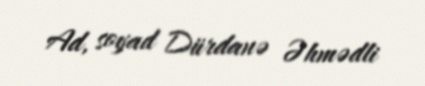
Ad, soyad Dürdanə Əhmədli